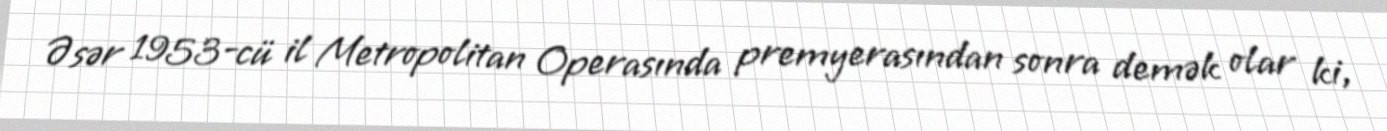
Əsər 1953-cü il Metropolitan Operasında premyerasından sonra demək olar ki,